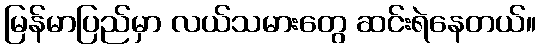
မြန်မာပြည်မှာ လယ်သမားတွေ ဆင်းရဲနေတယ်။